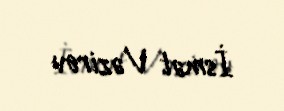
İsmət Vəzirov